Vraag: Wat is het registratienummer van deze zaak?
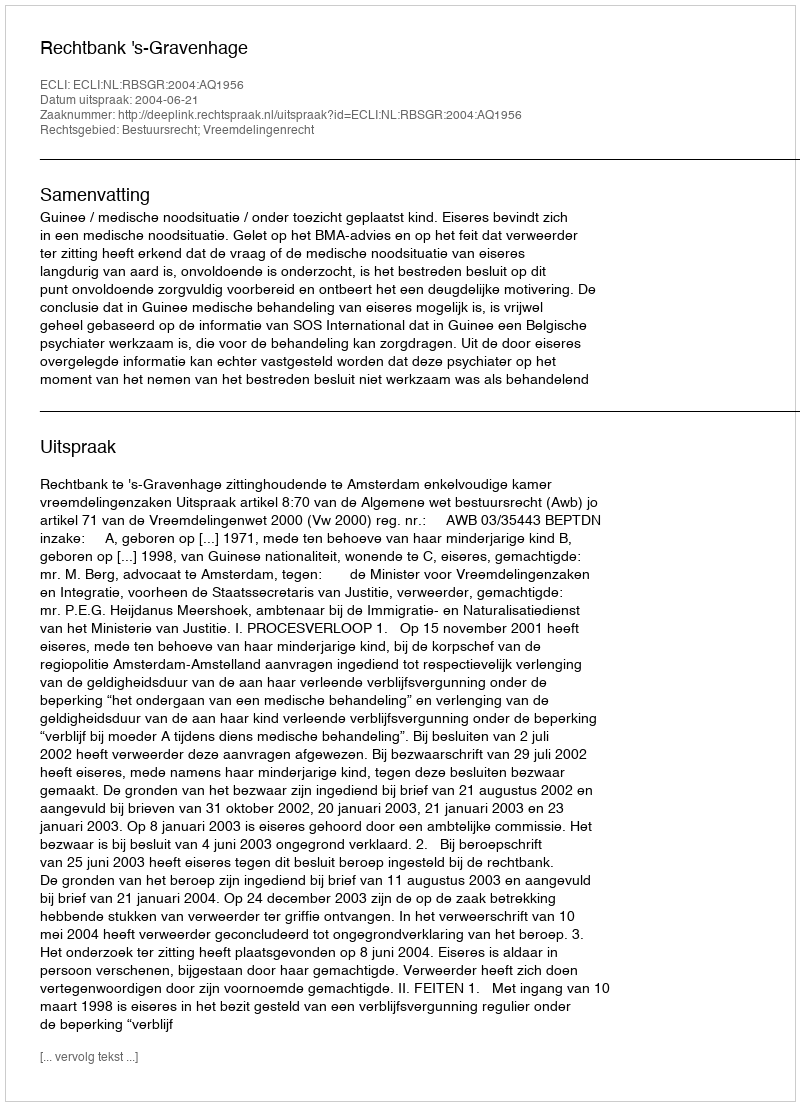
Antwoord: http://deeplink.rechtspraak.nl/uitspraak?id=ECLI:NL:RBSGR:2004:AQ1956